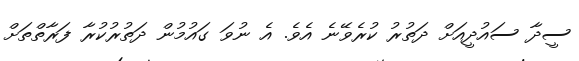
ސީދާ ސައުދީއަށް ދަތުރު ކުރެވޭނެ އެވެ. އެ ނުވަ ގައުމުން ދަތުރުކުރާ ފަރާތްތަށް